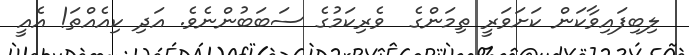
ލިބިފައިވާކަން ކަށަވަރީ ތިމަންގެ  ވެރިކަމުގެ ސަބަބުންނެވެ. އަދި ކިއެއްތަ! އެއީ